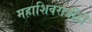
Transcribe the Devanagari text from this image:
महाशिवरात्रीही